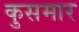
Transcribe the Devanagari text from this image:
कुसमार